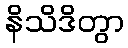
နိသိဒိတွာ